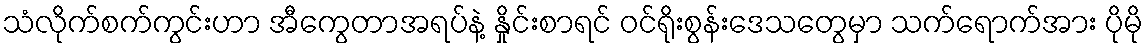
သံလိုက်စက်ကွင်းဟာ အီကွေတာအရပ်နဲ့ နှိုင်းစာရင် ဝင်ရိုးစွန်းဒေသတွေမှာ သက်ရောက်အား ပိုမို